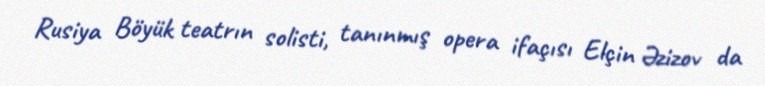
Rusiya Böyük teatrın solisti, tanınmış opera ifaçısı Elçin Əzizov da